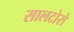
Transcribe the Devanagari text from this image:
सालटोरो